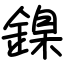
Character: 鎳